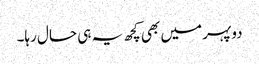
دوپہر میں بھی کچھ یہ ہی حال رہا۔